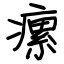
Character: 瘰